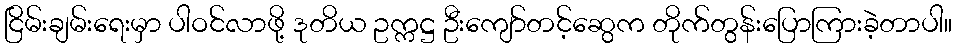
ငြိမ်းချမ်းရေးမှာ ပါဝင်လာဖို့ ဒုတိယ ဥက္ကဋ္ဌ ဦးကျော်တင့်ဆွေက တိုက်တွန်းပြောကြားခဲ့တာပါ။